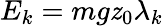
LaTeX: E_{k}=mg\mathit{z}_{0}\lambda_{k}